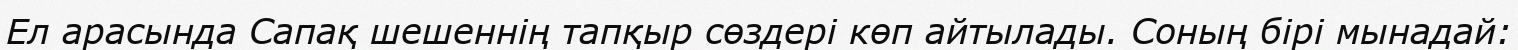
Ел арасында Сапақ шешеннің тапқыр сөздері көп айтылады. Соның бірі мынадай: